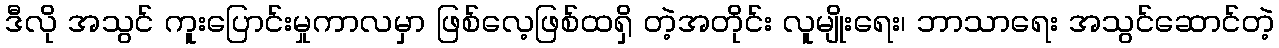
ဒီလို အသွင် ကူးပြောင်းမှုကာလမှာ ဖြစ်လေ့ဖြစ်ထရှိ တဲ့အတိုင်း လူမျိုးရေး၊ ဘာသာရေး အသွင်ဆောင်တဲ့